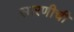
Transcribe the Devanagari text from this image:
सारणीची